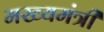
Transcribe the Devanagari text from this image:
मख्यमंत्री